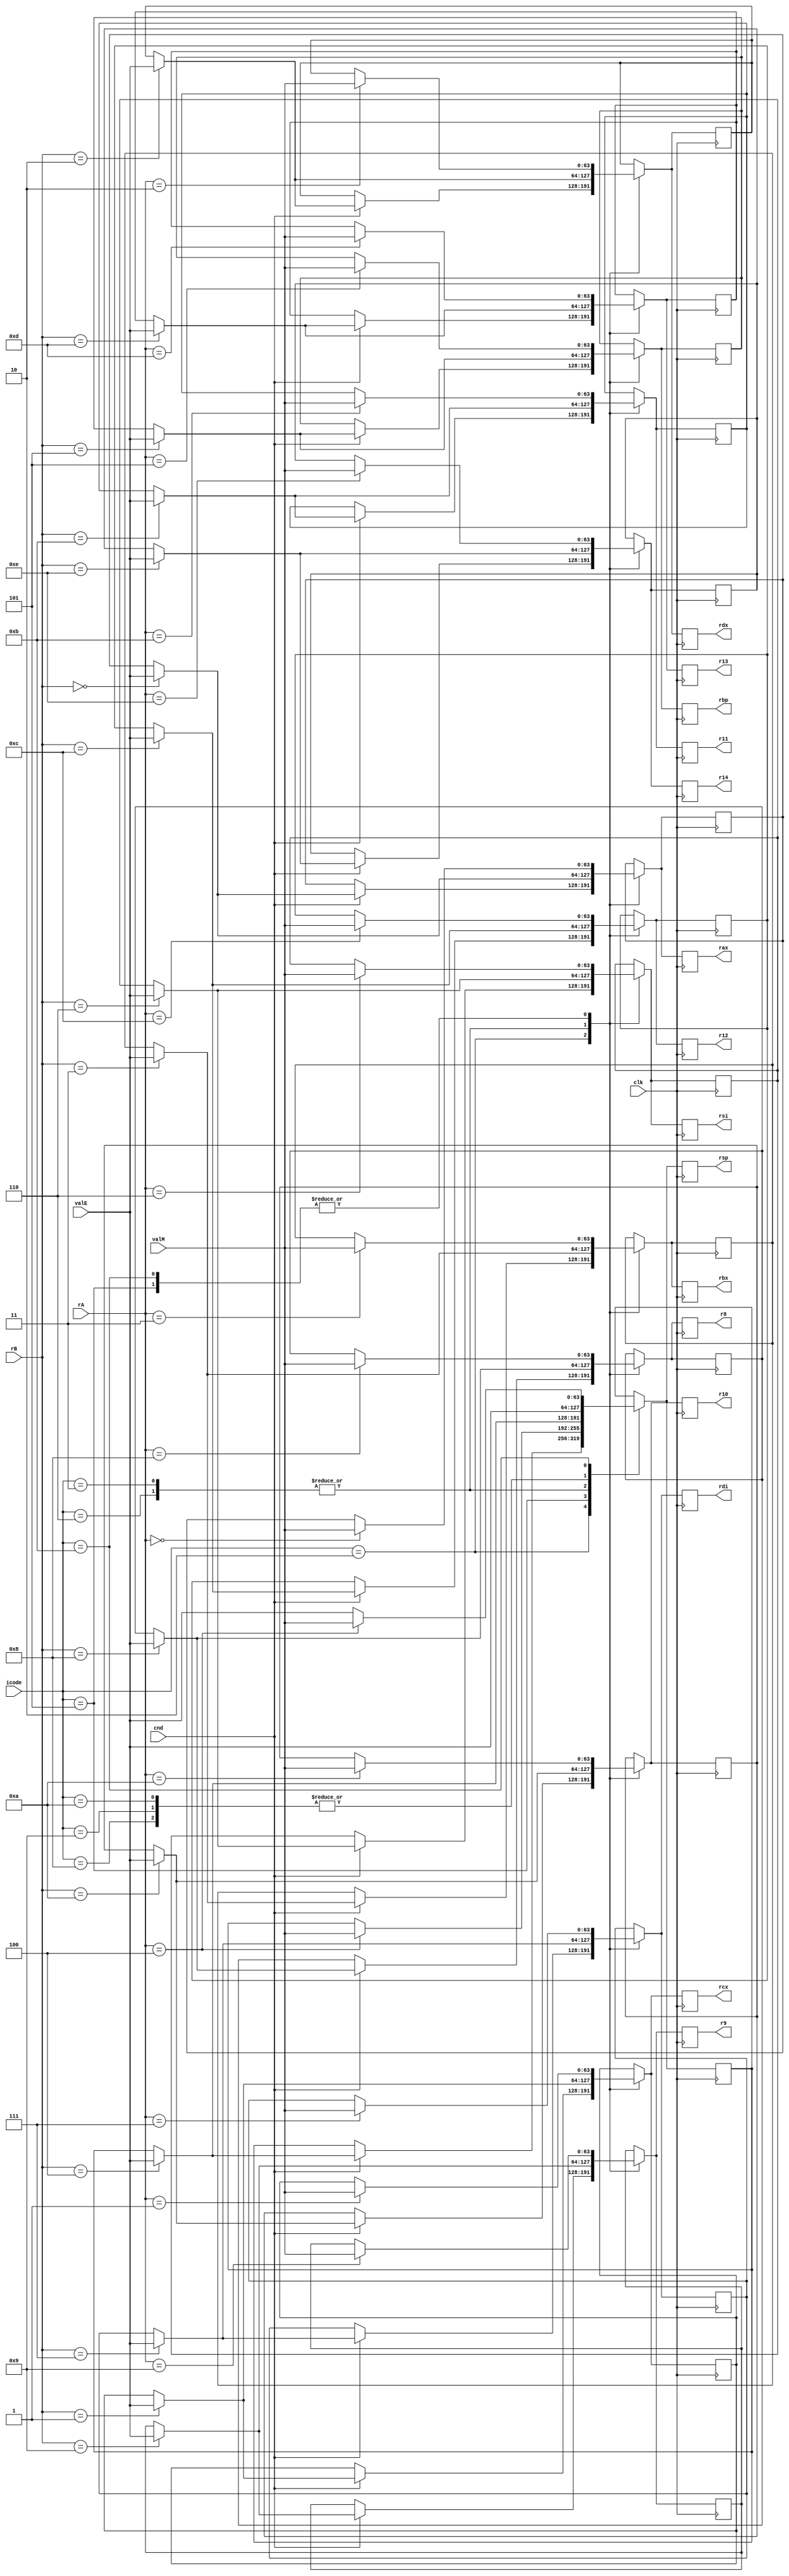
module write_back(input clk,cnd,input [3:0] icode,rA,rB,
              input [63:0] valE,valM,output reg [63:0] rax,rcx,rdx,rbx,rsp,rbp,rsi,rdi,
              r8,r9,r10,r11,r12,r13,r14
               );

reg [63:0] R[0:14];

// writeback 
always@(posedge clk) 
    begin
    
    case(icode)

    4'h0: //halt
    begin
    end

    4'h1: //nop
    begin
    end
    
    4'h2: //cmovxx
    begin
      if(cnd)
        R[rB]=valE;
    end

    4'h3: //irmovq
    begin
      R[rB]=valE;
    end

    4'h4: //rmmovq
    begin
    end

    4'h5: //mrmovq
    begin
      R[rA] = valM;
    end
    
    4'h6: //OPq
    begin
      R[rB] = valE;
    end

    4'h7: //jXX
    begin
    end

    4'h8: //call
    begin
      R[4] = valE;
    end

    4'h9: //ret
    begin
      R[4] = valE;
    end
    
    4'hA: //pushq
    begin
      R[4] = valE;
    end

    4'hB: //popq
    begin
      R[4] = valE;
      R[rA] = valM;
    end

    endcase

    rax <= R[0];
    rcx <= R[1];
    rdx <= R[2];
    rbx <= R[3];
    rsp <= R[4];
    rbp <= R[5];
    rsi <= R[6];
    rdi <= R[7];
    r8 <= R[8];
    r9 <= R[9];
    r10 <= R[10];
    r11 <= R[11];
    r12 <= R[12];
    r13 <= R[13];
    r14 <= R[14];

end

 
endmodule